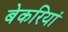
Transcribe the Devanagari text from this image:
बेकरियां